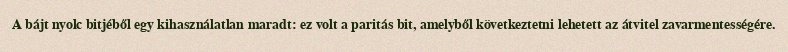
A bájt nyolc bitjéből egy kihasználatlan maradt: ez volt a paritás bit, amelyből következtetni lehetett az átvitel zavarmentességére.